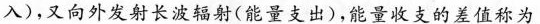
入)，又向外发射长波辐射(能量支出)，能量收支的差值称为